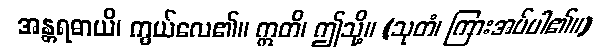
အန္တရဓာယိ၊ ကွယ်လေ၏။ ဣတိ၊ ဤသို့။ (သုတံ၊ ကြားအပ်ပါ၏။)